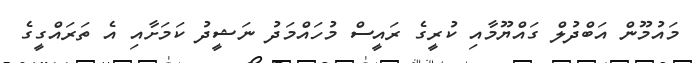
މައުމޫން އަބްދުލް ގައްޔޫމާއި ކުރީގެ ރައީސް މުހައްމަދު ނަޝީދު ކަމަށާއި އެ ތަރައްގީގެ